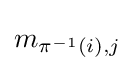
m_{\pi ^{-1}(i),j}